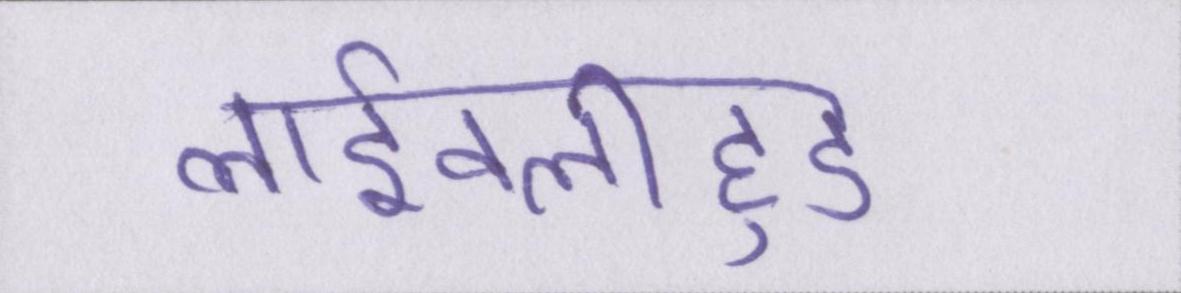
लाईवलीहुड